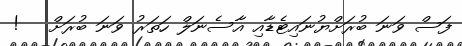
ފަސް ވަނަ ބުރަށްޔުނައިޓެޑާއި އާސެނަލް ހަތަރު ވަނަ ބުރަށް   !